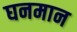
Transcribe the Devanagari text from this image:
घनमान